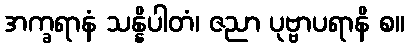
အက္ခရာနံ သန္နိပါတံ၊ ဇညာ ပုဗ္ဗာပရာနိ စ။